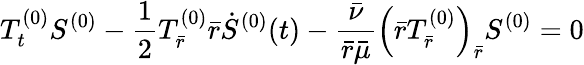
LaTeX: T_{t}^{(0)}S^{(0)}-\frac{1}{2}T_{\bar{r}}^{(0)}\bar{r}\dot{S}^{(0)}(t)-\frac{\bar{\nu}}{\bar{r}\bar{\mu}}\left(\bar{r}T_{\bar{r}}^{(0)}\right)_{\bar{r}}S^{(0)}=0